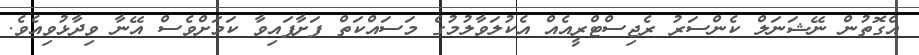
އެގޮތުން ނޭޝަނަލް ކެންސަރު ރެޖިސްޓްރީއެއް އެކުލަވާލުމުގެ މަސައްކަތް ފަށާފައިވާ ކަމަށްވެސް އޭނާ ވިދާޅުވިއެވެ.